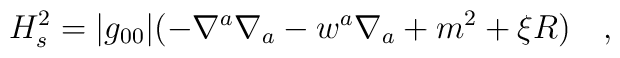
H_s^2=|g_{00}|(-\nabla^a\nabla_a -w^a\nabla_a+m^2+\xi R)~~~,